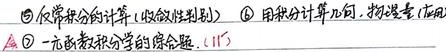
\textcircled{5} 反常积分的计算（收敛性判别）
\textcircled{6} 用积分计算几何、物理量（应用）
\textcircled{7} 一元函数积分学的综合题. (115)